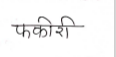
मजकूर: फकीरी